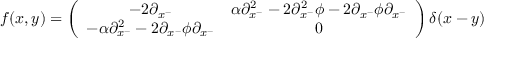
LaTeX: f ( x , y ) = \left( \begin{array} { c c } { { - 2 \partial _ { x ^ { - } } } } & { { \alpha \partial _ { x ^ { - } } ^ { 2 } - 2 \partial _ { x ^ { - } } ^ { 2 } \phi - 2 \partial _ { x ^ { - } } \phi \partial _ { x ^ { - } } } } \\ { { - \alpha \partial _ { x ^ { - } } ^ { 2 } - 2 \partial _ { x ^ { - } } \phi \partial _ { x ^ { - } } } } & { { 0 } } \end{array} \right) \delta ( x - y )